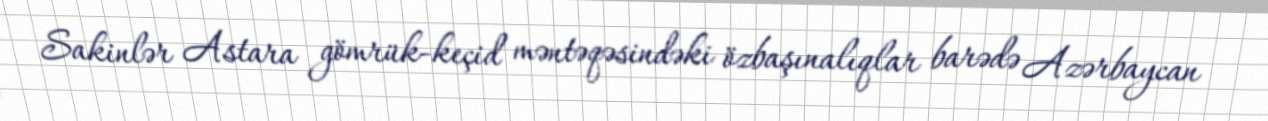
Sakinlər Astara gömrük-keçid məntəqəsindəki özbaşınalıqlar barədə Azərbaycan